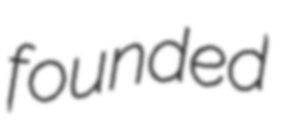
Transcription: founded